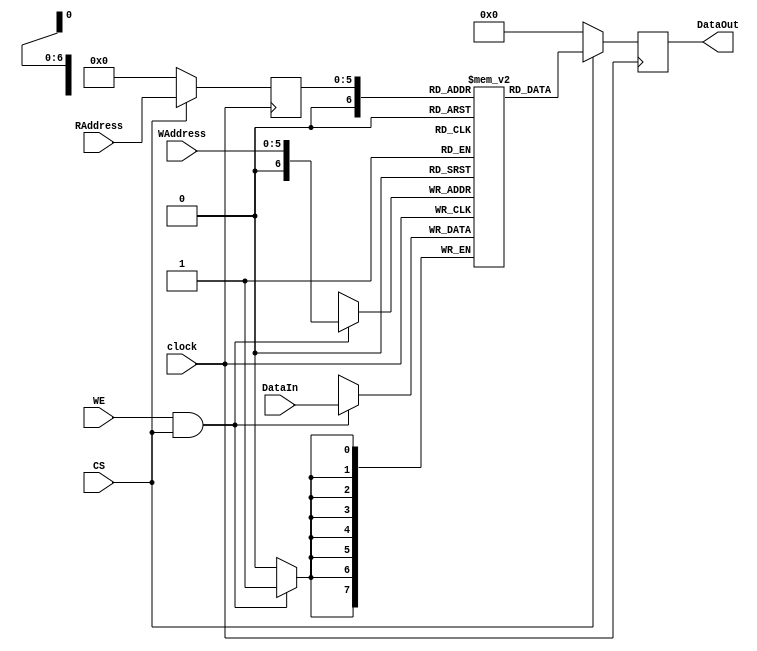
`timescale 1ns / 1ps
//////////////////////////////////////////////////////////////////////////////////
// Company: 
// Engineer: 
// 
// Design Name: 
// Module Name:    memory_track2 
// Project Name: 
// Target Devices: 
// Tool versions: 
// Description: 
//
// Dependencies: 
//
// Revision: 
// Revision 0.01 - File Created
// Additional Comments: 
//
//////////////////////////////////////////////////////////////////////////////////
module memory_track2(
	clock,
	WAddress,
	RAddress,
	WE,
	DataIn,
	DataOut,
	CS
);

//Special
parameter Width = 8, Depth = 65;
localparam AWidth = 6;

//Input Ports
input wire clock;
input wire [AWidth-1:0] WAddress;
input wire [AWidth-1:0] RAddress;
input wire WE;
input wire CS;
input wire [Width -1:0] DataIn;

//Output Ports
output reg [Width -1:0] DataOut;
	
//MEMORY
reg [Width-1:0] mem [Depth -1:0];

//DIRECTION
reg [AWidth-1:0] ReadAddressp;
	
	
//---------------CODE ------------------------

	always @(posedge clock)
		begin
			if (WE && CS) 
				begin
					mem[WAddress] <= DataIn;
				end
		end
		
	always @(posedge clock)
			begin 
					if(CS)
						begin
							ReadAddressp <= RAddress;
							DataOut <= mem[ReadAddressp];			
						end
					else
						begin
							ReadAddressp <= 6'b0;
							DataOut <= 8'b0;
						end
				
			end
		
	
endmodule